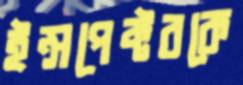
ইন্সপেক্টরকে